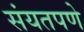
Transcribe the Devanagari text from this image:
संयतपणे